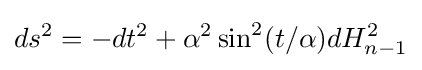
ds^{2}=-dt^{2}+\alpha ^{2}\sin ^{2}(t/\alpha )dH_{n-1}^{2}